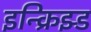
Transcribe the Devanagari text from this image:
इन्क्रिझ्ड